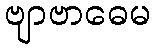
ဗျာဗာဓေမ